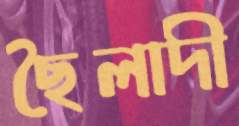
ছৈলাদী